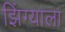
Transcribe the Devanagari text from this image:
झिंग्याला